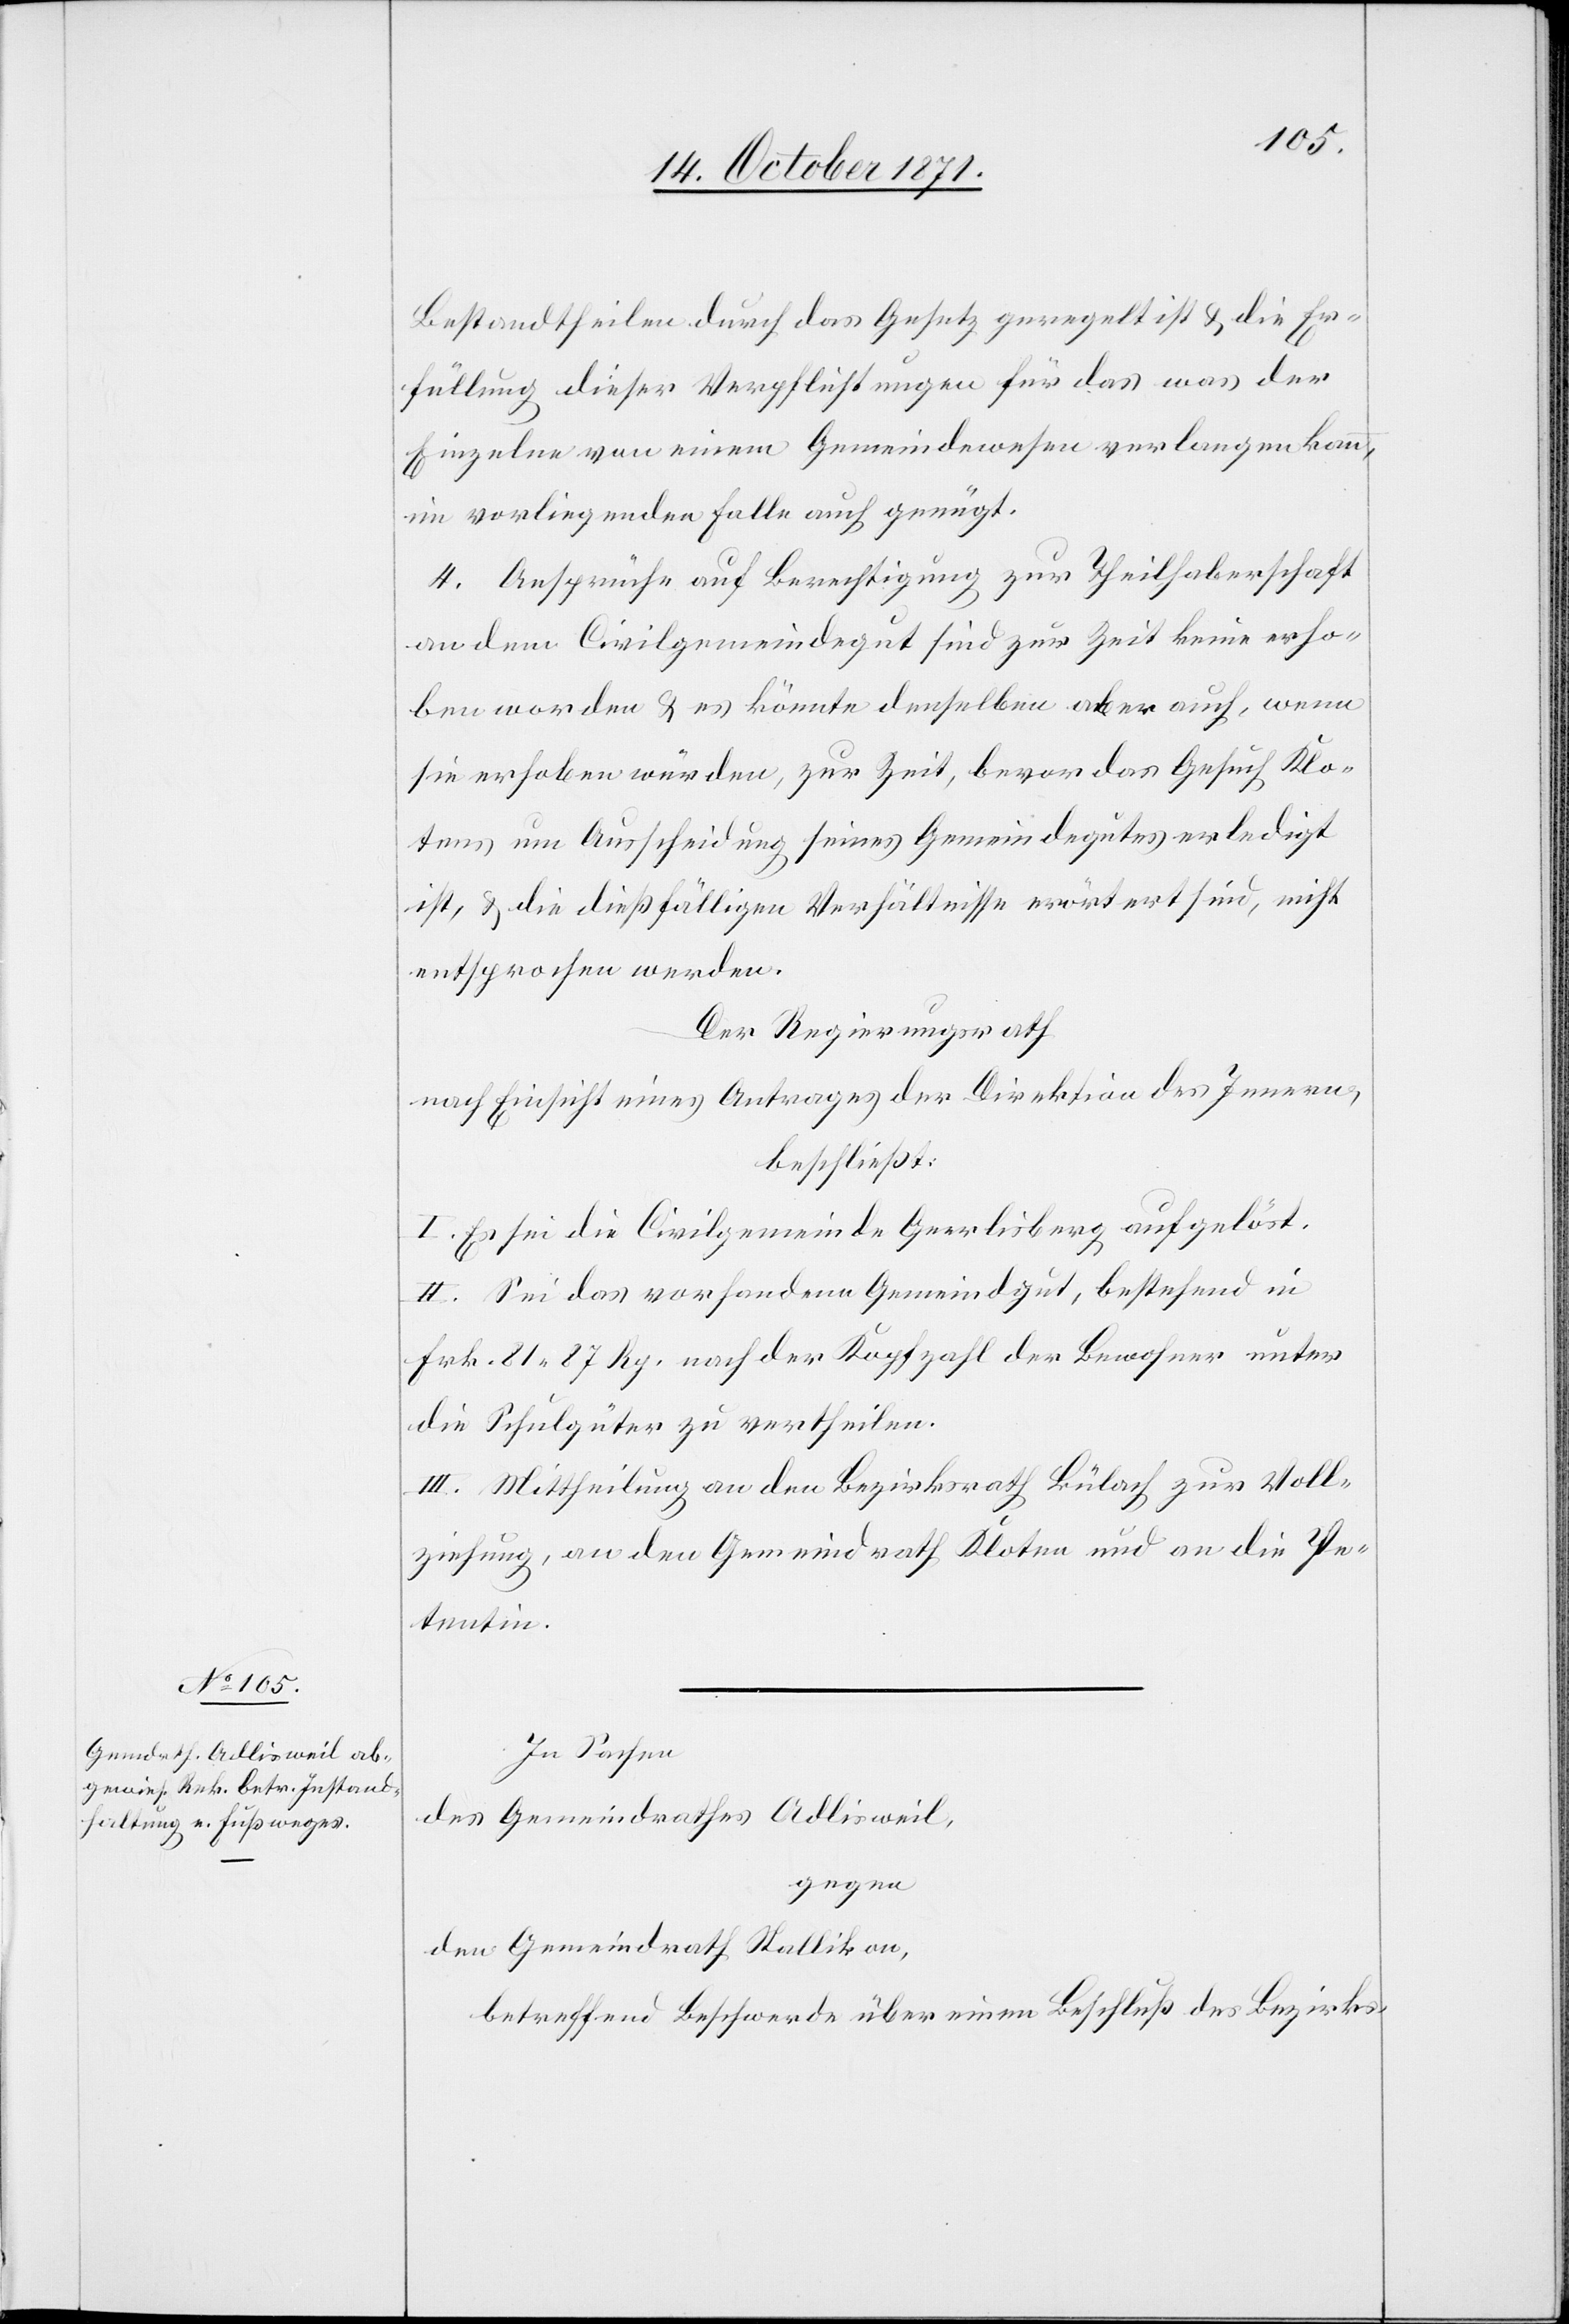
Bestandtheilen durch das Gesetz geregelt ist & die Er¬
füllung dieser Verpflichtungen für das was der
Einzelne von einem Gemeindewesen verlangen kann,
im vorliegenden Falle auch genügt.
4. Ansprüche auf Berechtigung zur Theilhaberschaft
an dem Civilgemeindegut sind zur Zeit keine erho¬
ben worden & es könnte denselben aber auch, wenn
sie erhoben würden, zur Zeit, bevor das Gesuch Klo¬
tens um Ausscheidung seines Gemeindegutes erledigt
ist, & die dießfälligen Verhältnisse erörtert sind, nicht
entsprochen werden.
Der Regierungsrath
nach Einsicht eines Antrages der Direktion des Innern,
beschließt:
I. Es sei die Civilgemeinde Geerlisberg aufgelöst.
II. Sei das vorhandene Gemeindgut, bestehend in
Frk. 81 87 Rp. nach der Kopfzahl der Bewohner unter
die Schulgüter zu vertheilen.
III. Mittheilung an den Bezirksrath Bülach zur Voll¬
ziehung, an den Gemeindrath Kloten und an die Pe¬
tentin.
In Sachen
des Gemeindrathes Adlisweil,
gegen
den Gemeindrath Stallikon,
betreffend Beschwerde über einen Beschluß des Bezirks-